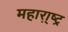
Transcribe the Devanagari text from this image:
महारा़्ष्ट्र